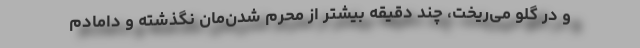
و در گلو می‌ریخت، چند دقیقه بیشتر از مَحرم شدن‌مان نگذشته و دامادم